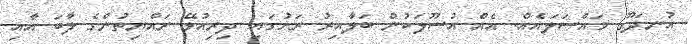
އުނދަގޫ މައްސަލައެއް. އެއެް އުސޫލަކުން ބަލާއިރު ރަށުގައި ދިރިއުޅޭ ރައްޔިތުންގެ ލާބަ އާއި